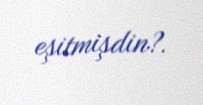
eşitmişdin?.